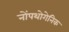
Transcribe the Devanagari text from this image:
नोंपथोगेनिक